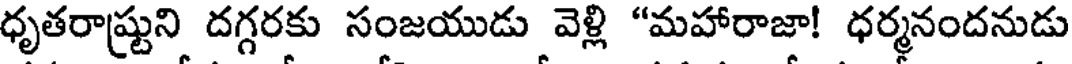
ధృతరాష్టుని దగ్గరకు సంజయుడు వెళ్లి "మహారాజా! ధర్మనందనుడు